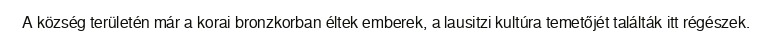
A község területén már a korai bronzkorban éltek emberek, a lausitzi kultúra temetőjét találták itt régészek.